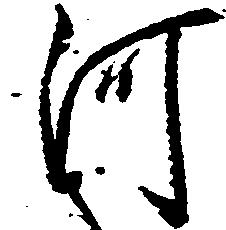
河